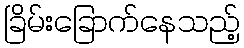
ခြိမ်းခြောက်နေသည့်